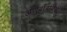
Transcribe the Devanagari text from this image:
अणुबाँबविरोधी